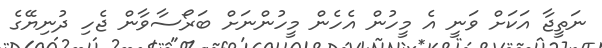
ނަތީޖާ އަކަށް ވަނީ އެ މީހުން އެހެން މީހުންނަށް ބަރޯސާވާން ޖެހި ދުނިޔޭގެ